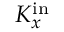
K _ { x } ^ { \mathrm { i n } }